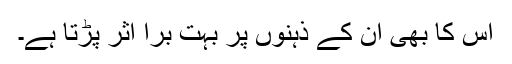
اس کا بھی ان کے ذہنوں پر بہت برا اثر پڑتا ہے۔